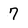
Character: 7